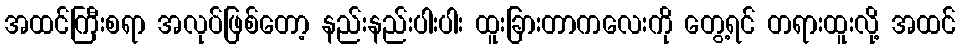
အထင်ကြီးစရာ အလုပ်ဖြစ်တော့ နည်းနည်းပါးပါး ထူးခြားတာကလေးကို တွေ့ရင် တရားထူးလို့ အထင်